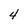
Character: 4